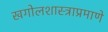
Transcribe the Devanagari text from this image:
खगोलशास्त्राप्रमाणे